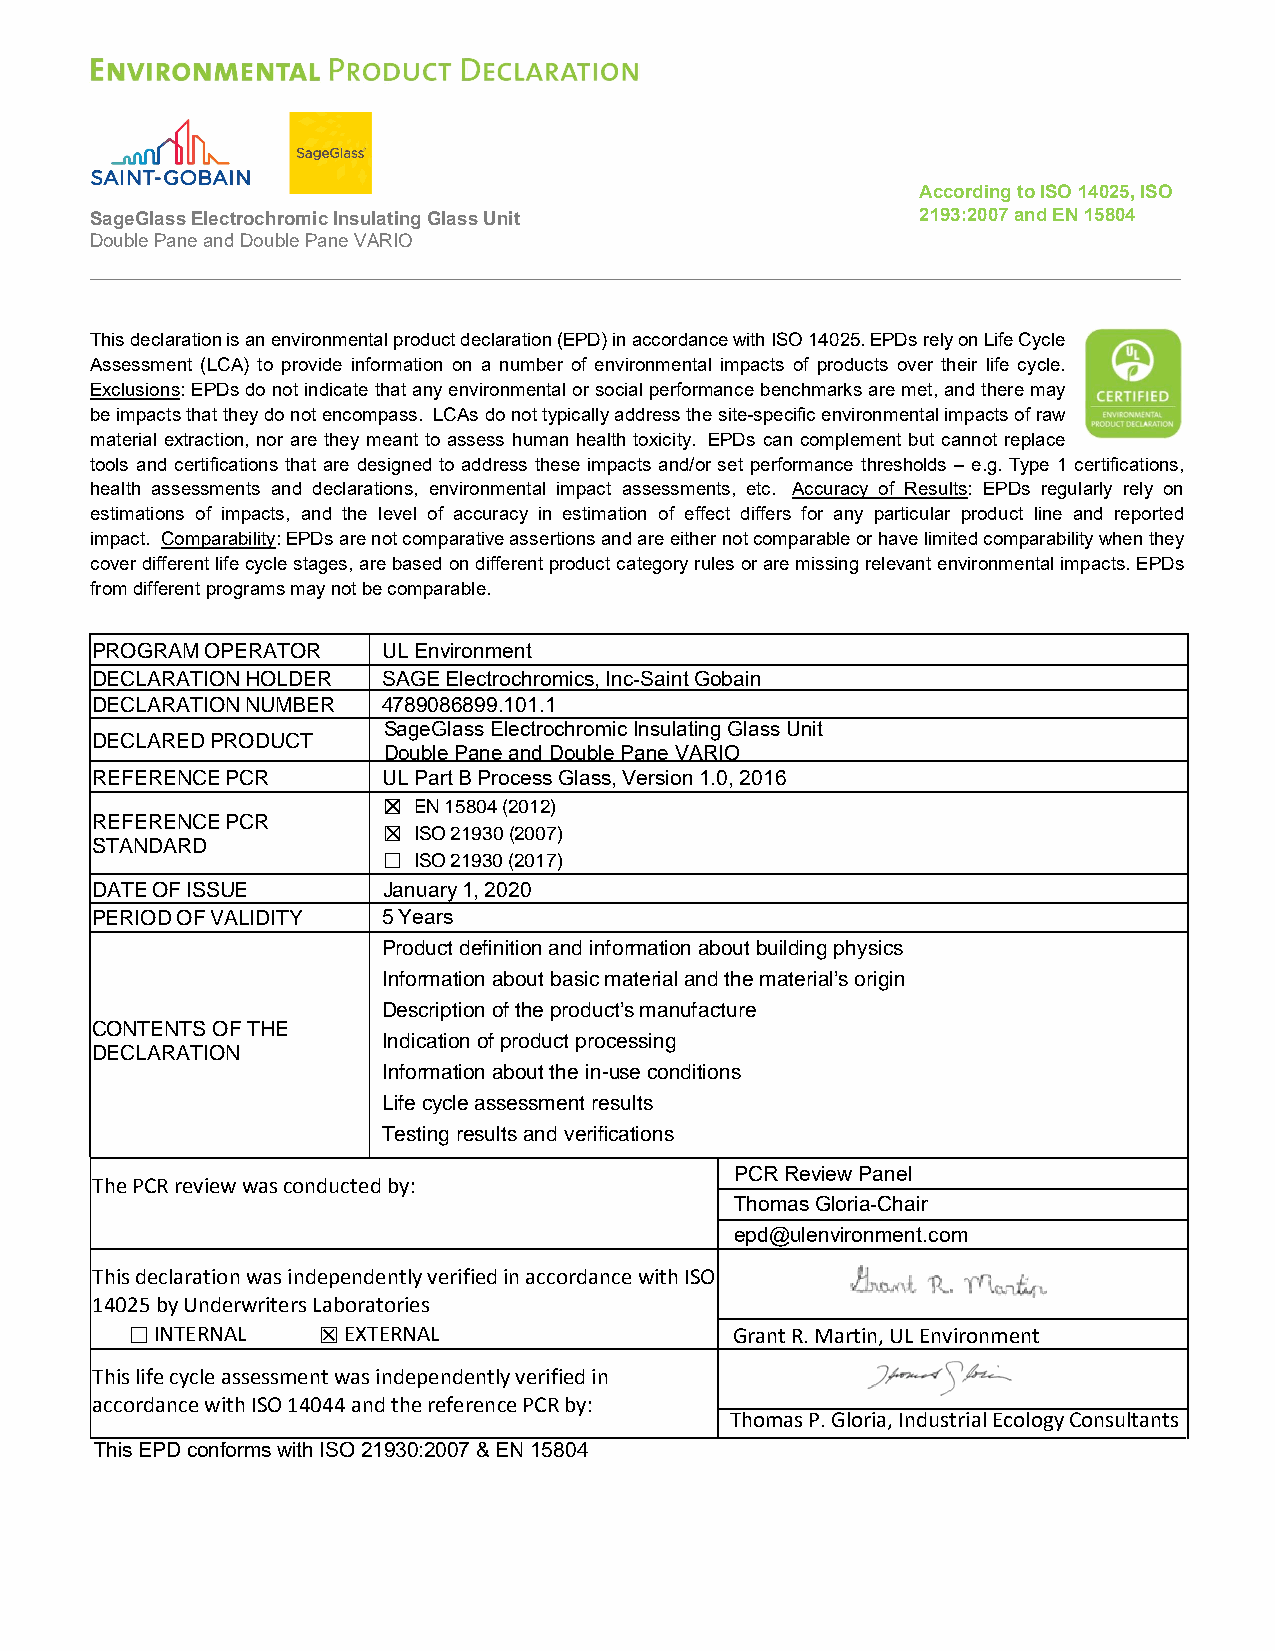
According to ISO 14025, ISO
 SageGlass Electrochromic Insulating Glass Unit         2193:2007 and EN 15804
 Double Pane and Double Pane VARIO
 This declaration is an environmental product declaration (EPD) in accordance with ISO 14025. EPDs rely on Life Cycle
 Assessment (LCA) to provide information on a number of environmental impacts of products over their life cycle.
 Exclusions: EPDs do not indicate that any environmental or social performance benchmarks are met, and there may
 be impacts that they do not encompass. LCAs do not typically address the site-specific environmental impacts of raw
 material extraction, nor are they meant to assess human health toxicity. EPDs can complement but cannot replace
 tools and certifications that are designed to address these impacts and/or set performance thresholds – e.g. Type 1 certifications,
 health assessments and declarations, environmental impact assessments, etc. Accuracy of Results: EPDs regularly rely on
 estimations of impacts, and the level of accuracy in estimation of effect differs for any particular product line and reported
 impact. Comparability: EPDs are not comparative assertions and are either not comparable or have limited comparability when they
 cover different life cycle stages, are based on different product category rules or are missing relevant environmental impacts. EPDs
 from different programs may not be comparable.
 PROGRAM OPERATOR   UL Environment
 DECLARATION HOLDER SAGE Electrochromics, Inc-Saint Gobain
 DECLARATION NUMBER 4789086899.101.1
 SageGlass Electrochromic Insulating Glass Unit
 DECLARED PRODUCT
 Double Pane and Double Pane VARIO
 REFERENCE PCR      UL Part B Process Glass, Version 1.0, 2016
 ☐ EN 15804 (2012)
 REFERENCE PCR
 ☐ ISO 21930 (2007)
 STANDARD
 ☐ ISO 21930 (2017)
 DATE OF ISSUE      January 1, 2020
 PERIOD OF VALIDITY 5 Years
 Product definition and information about building physics
 Information about basic material and the material’s origin
 Description of the product’s manufacture
 CONTENTS OF THE
 Indication of product processing
 DECLARATION
 Information about the in-use conditions
 Life cycle assessment results
 Testing results and verifications
 PCR Review Panel
 The PCR review was conducted by:
 Thomas Gloria-Chair
 epd@ulenvironment.com
 This declaration was independently verified in accordance with ISO
 14025 by Underwriters Laboratories
 ☐INTERNAL   ☒EXTERNAL                   Grant R. Martin, UL Environment
 This life cycle assessment was independently verified in
 accordance with ISO 14044 and the reference PCR by:
 Thomas P. Gloria, Industrial Ecology Consultants
 This EPD conforms with ISO 21930:2007 & EN 15804